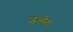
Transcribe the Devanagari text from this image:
जुओंग